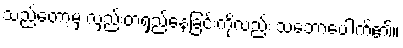
သည်တော့မှ လှည်းတံရှည်နေခြင်းကိုလည်း သဘောပေါက်၏။